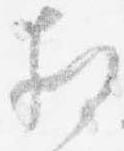
相